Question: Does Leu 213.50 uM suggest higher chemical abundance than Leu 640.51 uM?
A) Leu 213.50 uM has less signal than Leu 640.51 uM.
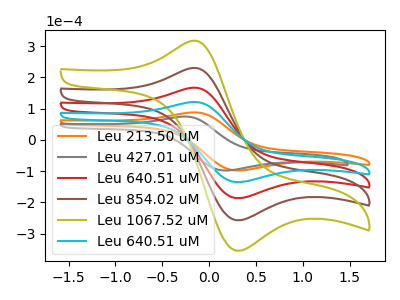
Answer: <think>The orange curve "Leu 213.50 uM" has an anodic peak at (-0.20V, 87.45uA) and a cathodic peak at (0.30V, -98.15uA). The gray curve "Leu 427.01 uM" has an anodic peak at (-0.30V, 74.25uA) and a cathodic peak at (0.15V, -98.15uA). The red curve "Leu 640.51 uM" has an anodic peak at (-0.20V, 241.15uA) and a cathodic peak at (0.30V, -270.65uA). The brown curve "Leu 854.02 uM" has an anodic peak at (-0.20V, 361.75uA) and a cathodic peak at (0.30V, -406.00uA). The olive curve "Leu 1067.52 uM" has an anodic peak at (-0.20V, 482.30uA) and a cathodic peak at (0.30V, -541.35uA). The cyan curve "Leu 640.51 uM" has an anodic peak at (-0.20V, 120.60uA) and a cathodic peak at (0.30V, -135.35uA).
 All the peaks in "Leu 213.50 uM" have a peak in "Leu 640.51 uM" at the same potential. Every peak in "Leu 213.50 uM" is lower than every peak in "Leu 640.51 uM".</think>
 <answer>A) "Leu 213.50 uM" has less signal than "Leu 640.51 uM".</answer>
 <eval>A</eval>